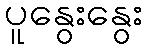
ပူနွေးနွေး